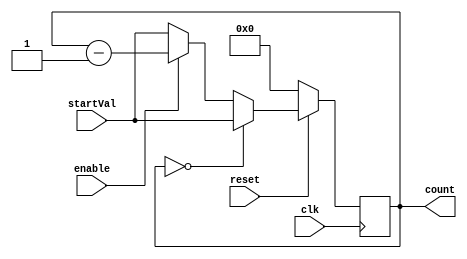
/*
    Counts from startValing value down 
    to 0 at the given clock speed
*/
module RateDivider (
    input [31:0] startVal,          
    input reset,
    input enable,
    input clk,
    output reg [31:0] count
    );

    always @(posedge clk)
    begin
        if (reset == 1'b0)
            count <= 0;
        else if (count == {32{1'b0}}    )
            count <= startVal;
        else if (enable == 1'b1)    // Counts only with enable on
            count <= count - 1'b1;
        else                        // Loads start value if enable is off
            count <= startVal;
    end
    
endmodule